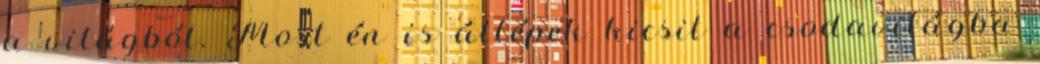
a világból. Most én is átlépek kicsit a csodavilágba